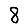
Digit: 8